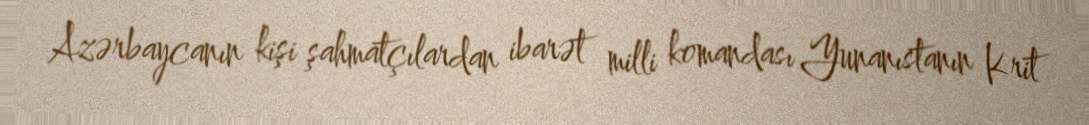
Azərbaycanın kişi şahmatçılardan ibarət milli komandası Yunanıstanın Krit